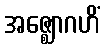
အဇ္ဈောဂဟိံ